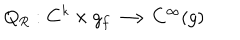
LaTeX: Q _ { R } : { \bf C } ^ { k } \times g _ { f } \longrightarrow C ^ { \infty } ( g )